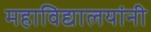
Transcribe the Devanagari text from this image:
महाविद्यालयांनी